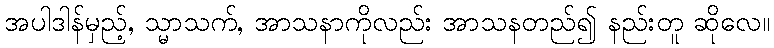
အပါဒါန်မှည့်, သ္မာသက်, အာသနာကိုလည်း အာသနတည်၍ နည်းတူ ဆိုလေ။